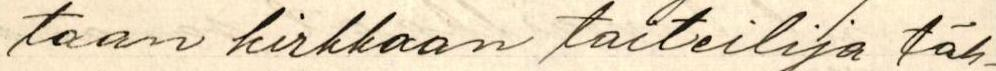
taan kirkkaan taiteilija täh-